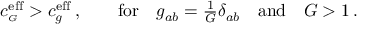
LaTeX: c _ { \scriptscriptstyle G } ^ { \mathrm { e f f } } > c _ { g } ^ { \mathrm { e f f } } \, , \qquad \mathrm { f o r } \quad g _ { a b } = { \textstyle \frac { 1 } { G } } \delta _ { a b } \quad \mathrm { a n d } \quad G > 1 \, .